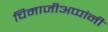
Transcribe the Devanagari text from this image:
चिमाजीअप्पांनी